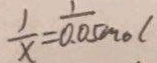
\frac { 1 } { x } = \frac { 1 } { 0 . 0 5 m o l }